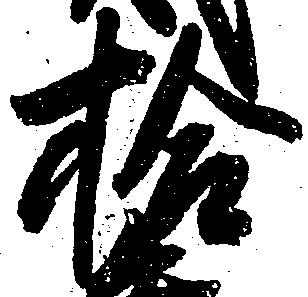
拾